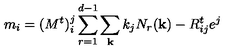
m _ { i } = ( M ^ { t } ) _ { i } ^ { j } \sum _ { r = 1 } ^ { d - 1 } \sum _ { \bf k } k _ { j } N _ { r } ( { \bf k } ) - R _ { i j } ^ { t } e ^ { j }